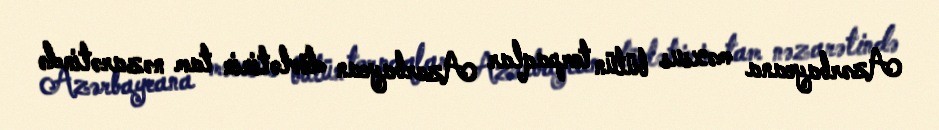
Azərbaycana məxsus bütün torpaqlar Azərbaycan dövlətinin tam nəzarətində